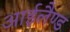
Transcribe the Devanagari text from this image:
आईलैण्‍ड